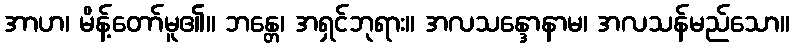
အာဟ၊ မိန့်တော်မူ၏။ ဘန္တေ၊ အရှင်ဘုရား။ အလသန္ဒောနာမ၊ အလသန်မည်သော။